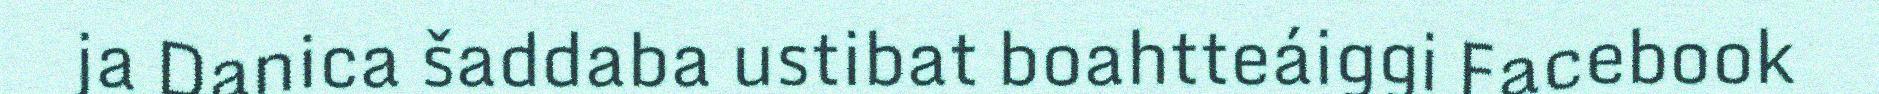
ja Danica šaddaba ustibat boahtteáiggi Facebook